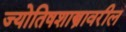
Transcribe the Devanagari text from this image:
ज्योतिषशास्त्रावरील